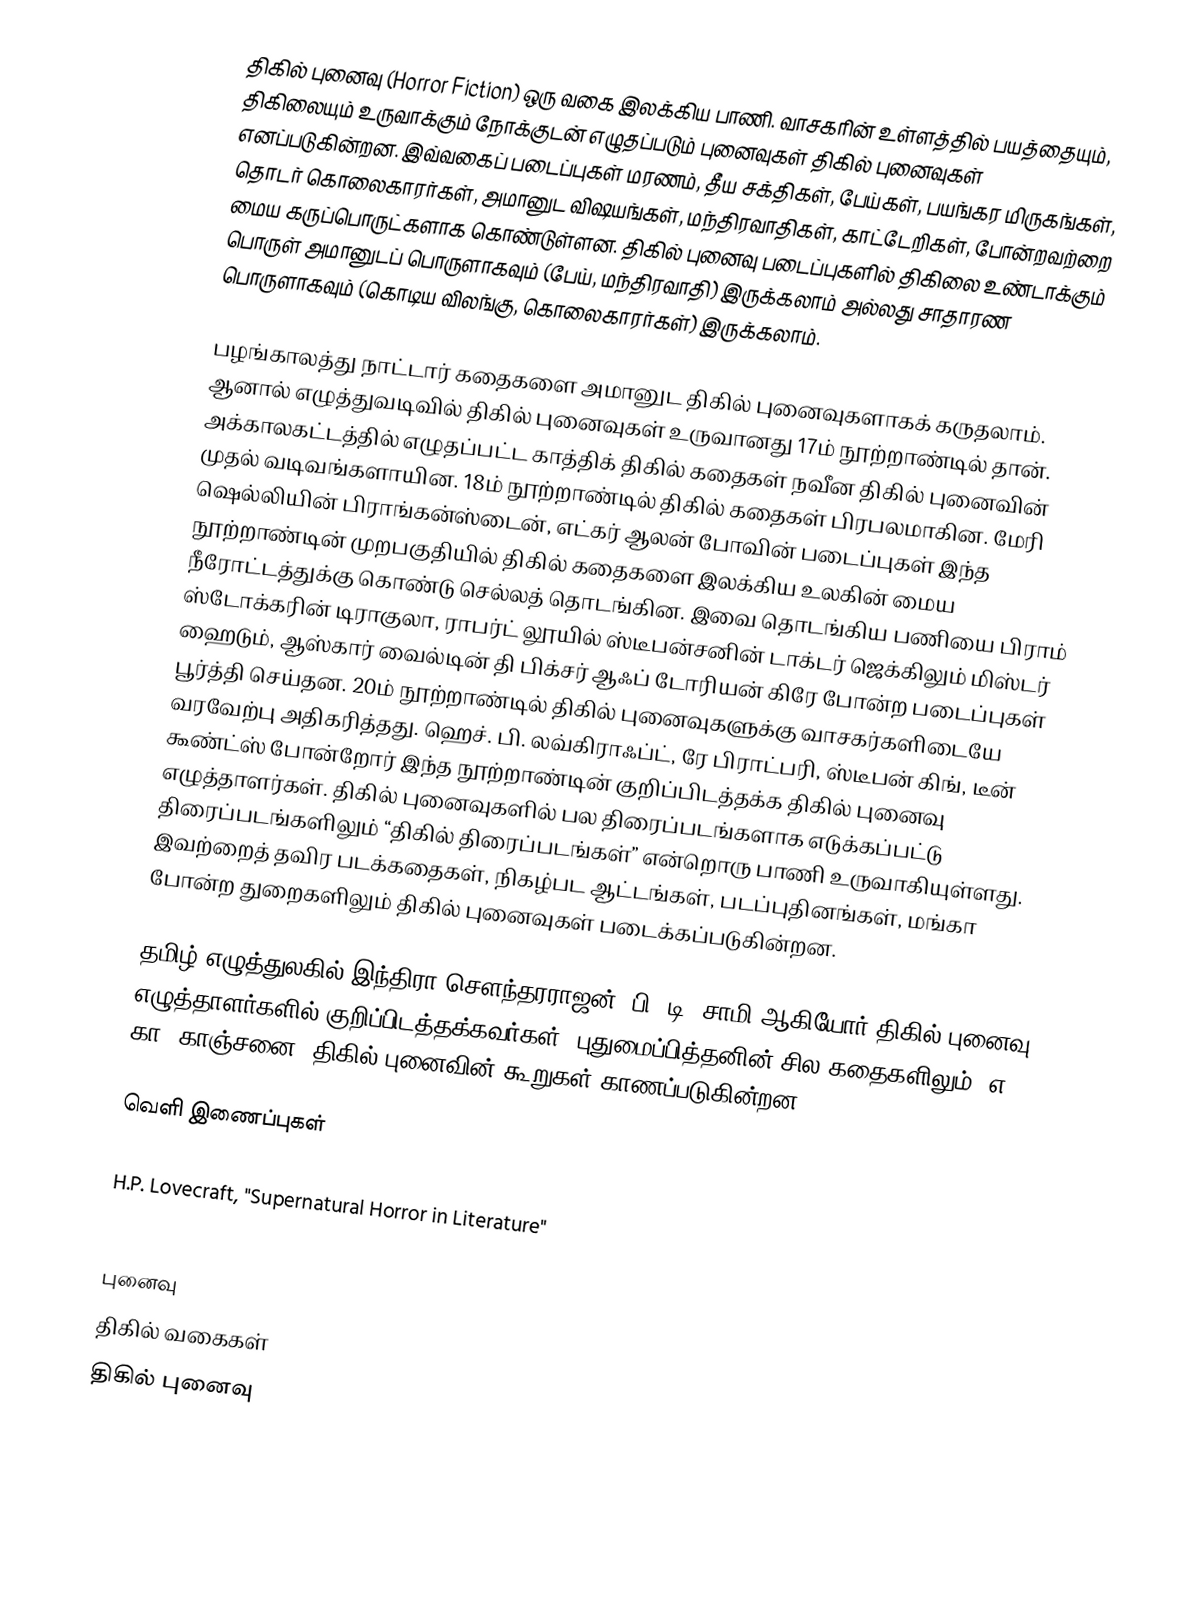
திகில் புனைவு (Horror Fiction) ஒரு வகை இலக்கிய பாணி. வாசகரின் உள்ளத்தில் பயத்தையும், திகிலையும் உருவாக்கும் நோக்குடன் எழுதப்படும் புனைவுகள் திகில் புனைவுகள் எனப்படுகின்றன. இவ்வகைப் படைப்புகள் மரணம், தீய சக்திகள், பேய்கள், பயங்கர மிருகங்கள், தொடர் கொலைகாரர்கள், அமானுட விஷயங்கள், மந்திரவாதிகள், காட்டேறிகள், போன்றவற்றை மைய கருப்பொருட்களாக கொண்டுள்ளன. திகில் புனைவு படைப்புகளில் திகிலை உண்டாக்கும் பொருள் அமானுடப் பொருளாகவும் (பேய், மந்திரவாதி) இருக்கலாம் அல்லது சாதாரண பொருளாகவும் (கொடிய விலங்கு, கொலைகாரர்கள்) இருக்கலாம்.

பழங்காலத்து நாட்டார் கதைகளை அமானுட திகில் புனைவுகளாகக் கருதலாம். ஆனால் எழுத்துவடிவில் திகில் புனைவுகள் உருவானது 17ம் நூற்றாண்டில் தான். அக்காலகட்டத்தில் எழுதப்பட்ட காத்திக் திகில் கதைகள் நவீன திகில் புனைவின் முதல் வடிவங்களாயின. 18ம் நூற்றாண்டில் திகில் கதைகள் பிரபலமாகின. மேரி ஷெல்லியின் பிராங்கன்ஸ்டைன், எட்கர் ஆலன் போவின் படைப்புகள் இந்த நூற்றாண்டின் முறபகுதியில் திகில் கதைகளை இலக்கிய உலகின் மைய நீரோட்டத்துக்கு கொண்டு செல்லத் தொடங்கின. இவை தொடங்கிய பணியை பிராம் ஸ்டோக்கரின் டிராகுலா, ராபர்ட் லூயில் ஸ்டீபன்சனின் டாக்டர் ஜெக்கிலும் மிஸ்டர் ஹைடும், ஆஸ்கார் வைல்டின் தி பிக்சர் ஆஃப் டோரியன் கிரே போன்ற படைப்புகள் பூர்த்தி செய்தன. 20ம் நூற்றாண்டில் திகில் புனைவுகளுக்கு வாசகர்களிடையே வரவேற்பு அதிகரித்தது. ஹெச். பி. லவ்கிராஃப்ட், ரே பிராட்பரி, ஸ்டீபன் கிங், டீன் கூண்ட்ஸ் போன்றோர் இந்த நூற்றாண்டின் குறிப்பிடத்தக்க திகில் புனைவு எழுத்தாளர்கள். திகில் புனைவுகளில் பல திரைப்படங்களாக எடுக்கப்பட்டு திரைப்படங்களிலும் “திகில் திரைப்படங்கள்” என்றொரு பாணி உருவாகியுள்ளது. இவற்றைத் தவிர படக்கதைகள், நிகழ்பட ஆட்டங்கள், படப்புதினங்கள், மங்கா போன்ற துறைகளிலும் திகில் புனைவுகள் படைக்கப்படுகின்றன.

தமிழ் எழுத்துலகில் இந்திரா செளந்தரராஜன், பி. டி. சாமி ஆகியோர் திகில் புனைவு எழுத்தாளர்களில் குறிப்பிடத்தக்கவர்கள். புதுமைப்பித்தனின் சில கதைகளிலும் (எ. கா. காஞ்சனை) திகில் புனைவின் கூறுகள் காணப்படுகின்றன.

வெளி இணைப்புகள்

H.P. Lovecraft, "Supernatural Horror in Literature"
  Horror Writers Association's Horror Reading List

புனைவு
திகில் வகைகள்
திகில் புனைவு